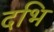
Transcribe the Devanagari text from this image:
दभि